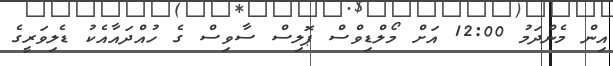
އިން މެންދަމު 12:00 އަށް މޯލްޑިވްސް ޕޮލިސް ސާވިސް ގެ ހުއްދައާއެކު ޑެލިވަރީގެ